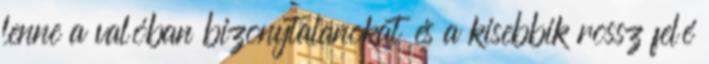
lenne a valóban bizonytalanokat és a kisebbik rossz felé